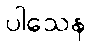
ပါသေန